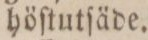
höſtutſäde.